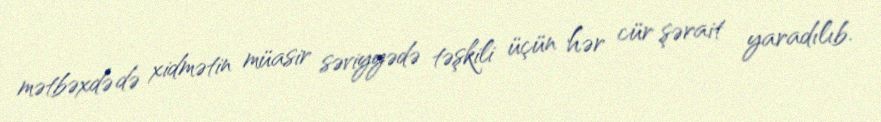
mətbəxdə də xidmətin müasir səviyyədə təşkili üçün hər cür şərait yaradılıb.